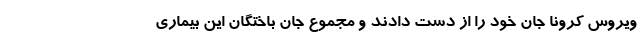
ویروس کرونا جان خود را از دست دادند و مجموع جان باختگان این بیماری